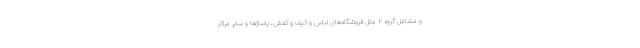
و مشاغل گروه ۲ مثل فروشگاه‌های لباس و کیف و کفش، پاساژها و سایر مراکز